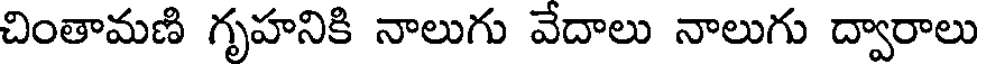
చింతామణి గృహనికి నాలుగు వేదాలు నాలుగు ద్వారాలు